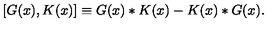
[ G ( x ) , K ( x ) ] \equiv G ( x ) * K ( x ) - K ( x ) * G ( x ) .